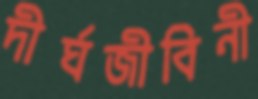
দীর্ঘজীবিনী